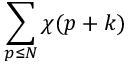
\sum _ { p \leq N } \chi ( p + k )